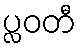
ပ္လဝတီ